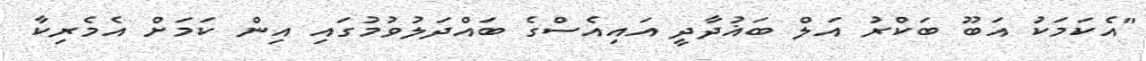
"އެކަމަކު އަބޫ ބަކްރު އަލް ބަޣުދާދީ އައިއެސްގެ ބައްދަލުވުމުގައި އިން ކަމަށް އެމެރިކާ